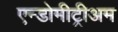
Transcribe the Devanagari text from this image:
एन्डोमीट्रीअम